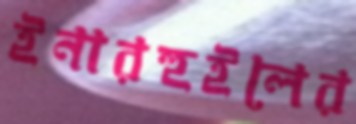
ইনারহুইলের